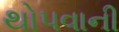
થોપવાની